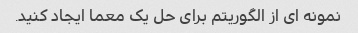
نمونه ای از الگوریتم برای حل یک معما ایجاد کنید.